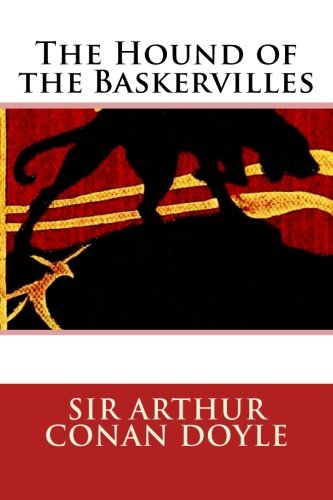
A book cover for The Hound of the Baskervilles; Sir Arthur Conan Doyle; Mystery, Thriller & Suspense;